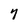
Character: 7